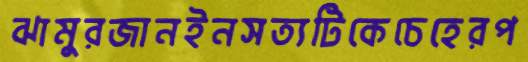
ঝামুরজানইনসত্যটিকেচেহেরপ